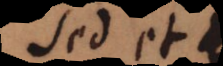
sed et